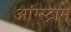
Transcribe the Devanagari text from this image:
आंग्स्ट्राम